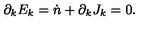
\partial _ { k } E _ { k } = \dot { n } + \partial _ { k } J _ { k } = 0 .